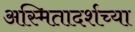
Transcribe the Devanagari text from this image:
अस्मितादर्शच्या